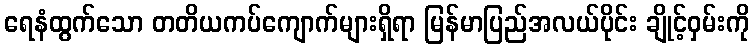
ရေနံထွက်သော တတိယကပ်ကျောက်များရှိရာ မြန်မာပြည်အလယ်ပိုင်း ချိုင့်ဝှမ်းကို